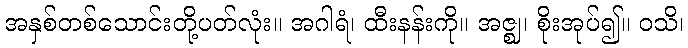
အနှစ်တစ်သောင်းတို့ပတ်လုံး။ အဂါရံ၊ ထီးနန်းကို။ အဇ္ဈ၊ စိုးအုပ်၍။ ဝသိ၊